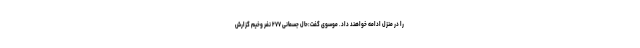
را در منزل ادامه خواهند داد. موسوی گفت:حال جسمانی ۲۷۷ نفر وخیم گزارش